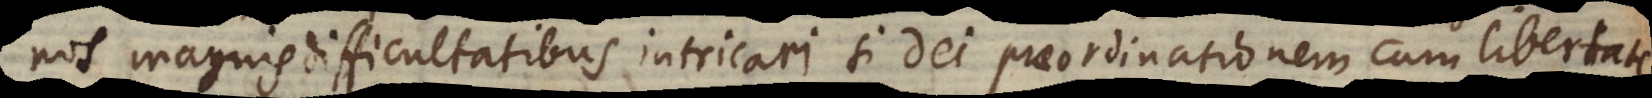
nos magnis difficultatibus intricari si Dei praeordinationem cum libertate